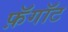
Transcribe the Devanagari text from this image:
फ़ॅगॉट